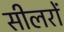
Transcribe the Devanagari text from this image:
सीलरों